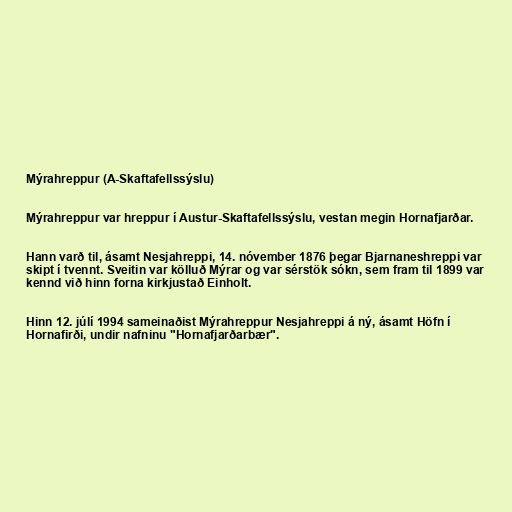
Mýrahreppur (A-Skaftafellssýslu)

Mýrahreppur var hreppur í Austur-Skaftafellssýslu, vestan megin Hornafjarðar.

Hann varð til, ásamt Nesjahreppi, 14. nóvember 1876 þegar Bjarnaneshreppi var
skipt í tvennt. Sveitin var kölluð Mýrar og var sérstök sókn, sem fram til 1899 var
kennd við hinn forna kirkjustað Einholt.

Hinn 12. júlí 1994 sameinaðist Mýrahreppur Nesjahreppi á ný, ásamt Höfn í
Hornafirði, undir nafninu "Hornafjarðarbær".